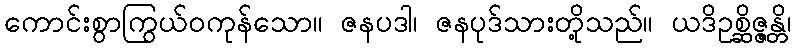
ကောင်းစွာကြွယ်ဝကုန်သော။ ဇနပဒါ၊ ဇနပုဒ်သားတို့သည်။ ယဒိဥစ္ဆိဇ္ဇန္တိ၊